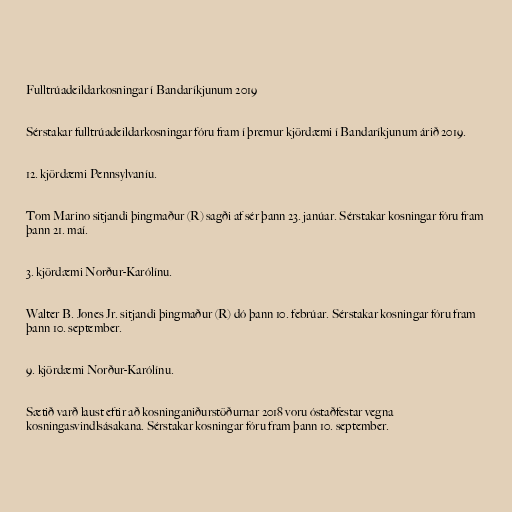
Fulltrúadeildarkosningar í Bandaríkjunum 2019

Sérstakar fulltrúadeildarkosningar fóru fram í þremur kjördæmi í Bandaríkjunum árið 2019.

12. kjördæmi Pennsylvaníu.

Tom Marino sitjandi þingmaður (R) sagði af sér þann 23. janúar. Sérstakar kosningar fóru fram
þann 21. maí.

3. kjördæmi Norður-Karólínu.

Walter B. Jones Jr. sitjandi þingmaður (R) dó þann 10. febrúar. Sérstakar kosningar fóru fram
þann 10. september.

9. kjördæmi Norður-Karólínu.

Sætið varð laust eftir að kosninganiðurstöðurnar 2018 voru óstaðfestar vegna
kosningasvindlsásakana. Sérstakar kosningar fóru fram þann 10. september.